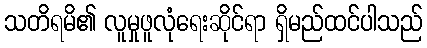
သတိရမိ၏ လူမှုဖူလုံရေးဆိုင်ရာ ရှိမည်ထင်ပါသည်